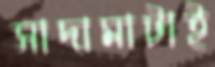
সাদামাটাই